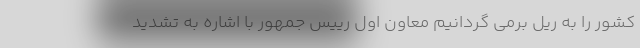
کشور را به ریل برمی گردانیم معاون اول رییس جمهور با اشاره به تشدید